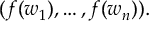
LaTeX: ( f ( w _ { 1 } ) , \ldots , f ( w _ { n } ) ) .